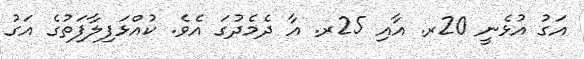
އަގު އުޅެނީ 20ރ. އާއި 25ރ. އާ ދެމެދުގަ އެވެ. ކުއްޅަފިލާފަތުގެ އަގު